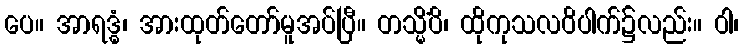
ပေ။ အာရဒ္ဓံ၊ အားထုတ်တော်မူအပ်ပြီ။ တသ္မိံပိ၊ ထိုကုသလဝိပါက်၌လည်း။ ဝါ၊